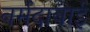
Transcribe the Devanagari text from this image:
नर्मदाबाई